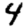
Digit: 4